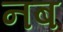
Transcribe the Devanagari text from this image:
नब